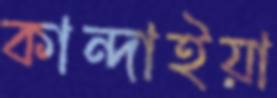
কান্দাইয়া